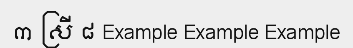
៣ ស្រី ៨ Example Example Example